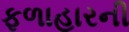
ફળાહારની